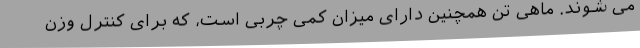
می شوند. ماهی تن همچنین دارای میزان کمی چربی است، که برای کنترل وزن